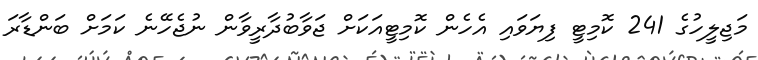
މަޖިލީހުގެ 241 ކޮމިޓީ ފިޔަވައި އެހެން ކޮމިޓީއަކަށް ޖަވާބުދާރީވާން ނުޖެހޭނެ ކަމަށް ބަންޑާރަ